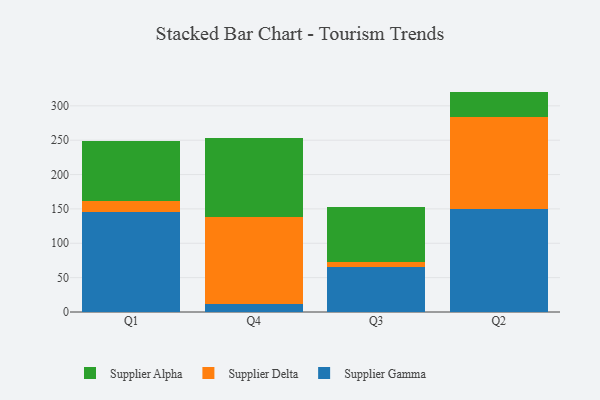
{"axis": {"x": "Quarter", "y": "Bounce Rate (%)"}, "legend": ["Supplier Alpha", "Supplier Delta", "Supplier Gamma"], "data": [{"x": "Q1", "y": 145.0, "type": "Supplier Gamma"}, {"x": "Q1", "y": 17.2, "type": "Supplier Delta"}, {"x": "Q1", "y": 86.0, "type": "Supplier Alpha"}, {"x": "Q4", "y": 11.8, "type": "Supplier Gamma"}, {"x": "Q4", "y": 127.1, "type": "Supplier Delta"}, {"x": "Q4", "y": 113.9, "type": "Supplier Alpha"}, {"x": "Q3", "y": 65.2, "type": "Supplier Gamma"}, {"x": "Q3", "y": 7.9, "type": "Supplier Delta"}, {"x": "Q3", "y": 79.5, "type": "Supplier Alpha"}, {"x": "Q2", "y": 150.4, "type": "Supplier Gamma"}, {"x": "Q2", "y": 133.8, "type": "Supplier Delta"}, {"x": "Q2", "y": 36.5, "type": "Supplier Alpha"}]}